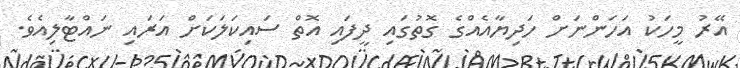
އޭރު މީހަކު އަހަންނަށް ހަދިޔާއެއްގެ ގޮތުގައި ދީފައި އޮތް ސައިކަލަކަށް އަރައި ނައްޓާލިއެވެ.